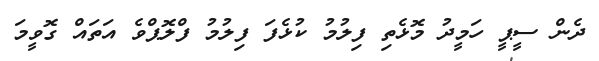
ދެން ސީޕީ ހަމީދު މޮޅެތި ފިލުމު ކުޅެފަ ފިލުމު ފްލޮޕްވެ އަތައް ގޮވީމަ